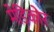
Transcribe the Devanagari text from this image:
मेडिकोर